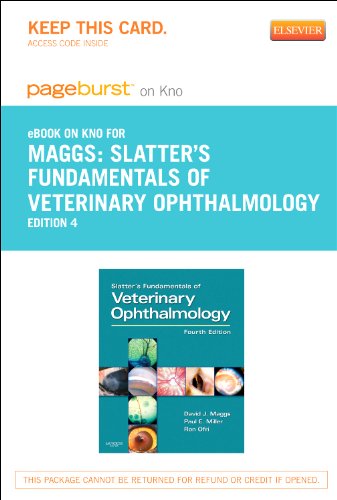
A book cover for Slatter's Fundamentals of Veterinary Ophthalmology - Pageburst E-Book on Kno (Retail Access Card), 4e; David Maggs BVSc(Hons)  DAVCO; Medical Books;